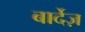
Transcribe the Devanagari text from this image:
बार्देज़